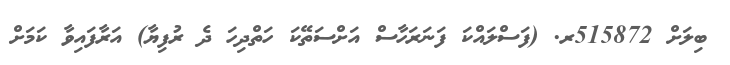
ބިލަށް 515872ރ. (ފަސްލައްކަ ފަނަރަހާސް އަށްސަތޭކަ ހަތްދިހަ ދެ ރުފިޔާ) އަރާފައިވާ ކަމަށް